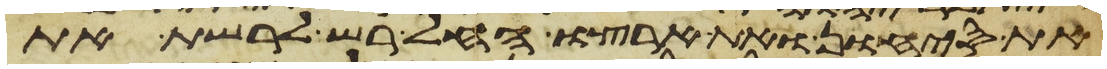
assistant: את סיחון ואת ארצו החל רש לרשת את